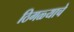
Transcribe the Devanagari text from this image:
ठिगळ्याचे